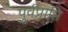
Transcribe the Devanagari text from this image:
पूर्वप्राप्ति